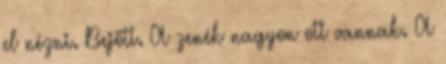
el nézni. Bejött. A zenék nagyon ott vannak. A